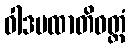
ဝါဒပထာတိဝတ္တံ